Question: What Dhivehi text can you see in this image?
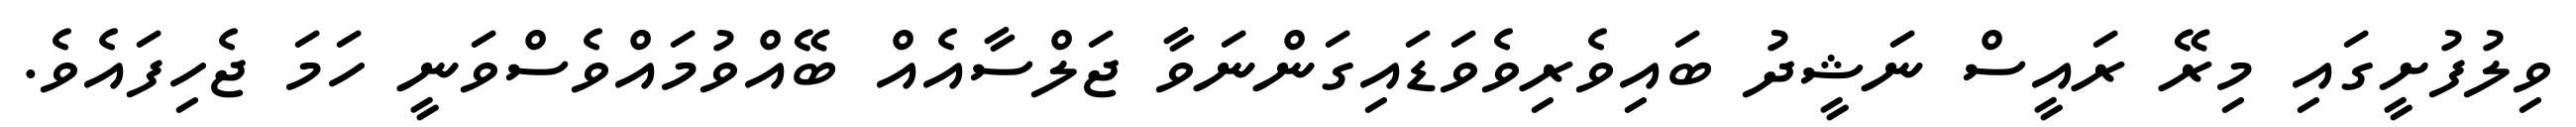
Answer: ވިލުފުށީގައި މިރޭ ރައީސް ނަޝީދު ބައިވެރިވެވަޑައިގަންނަވާ ޖަލްސާއެއް ބޭއްވުމައްވެސްވަނީ ހަމަ ޖެހިފައެވެ.